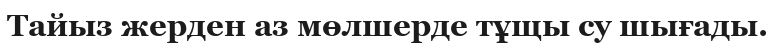
Тайыз жерден аз мөлшерде тұщы су шығады.